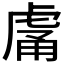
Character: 𧆿